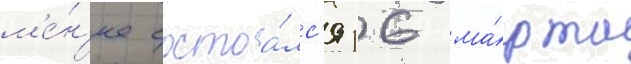
м'е́н'ее состоа́лс'я 16 ма́рта